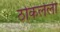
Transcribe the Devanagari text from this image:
ठोकलेली